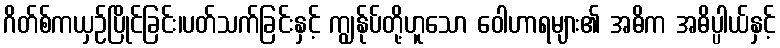
ဂိတ်စ်ကယှဉ်ပြိုင်ခြင်း၊ပတ်သက်ခြင်းနှင့် ကျွန်ုပ်တို့ဟူသော ဝေါဟာရများ၏ အဓိက အဓိပ္ပါယ်နှင့်